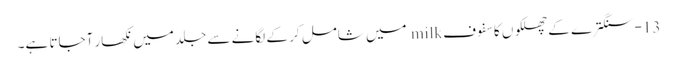
13-سنگترے کے چھلکوں کا سفوف milk میں شامل کر کے لگانے سے جلد میں نکھار آجاتا ہے۔